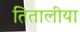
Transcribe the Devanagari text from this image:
तितालीया